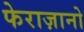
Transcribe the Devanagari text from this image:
फेराज़ानो